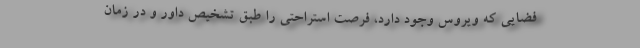
فضایی که ویروس وجود دارد، فرصت استراحتی را طبق تشخیص داور و در زمان